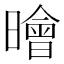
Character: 𣋘